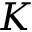
K